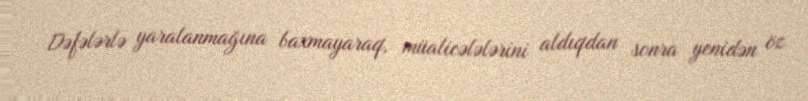
Dəfələrlə yaralanmağına baxmayaraq, müalicələlərini aldıqdan sonra yenidən öz